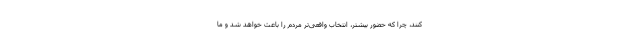
کنند، چرا که حضور بیشتر، انتخاب واقعی‌تر مردم را باعث خواهد شد و ما